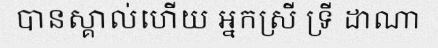
បានស្គាល់ហើយ អ្នកស្រី ទ្រី ដាណា